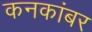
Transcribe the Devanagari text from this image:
कनकांबर